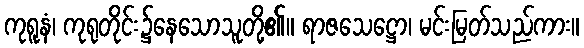
ကုရူနံ၊ ကုရုတိုင်း၌နေသောသူတို့၏။ ရာဇသေဋ္ဌော၊ မင်းမြတ်သည်ကား။